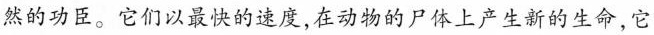
然的功臣。它们以最快的速度，在动物的尸体上产生新的生命，它